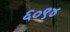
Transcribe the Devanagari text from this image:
६०९४